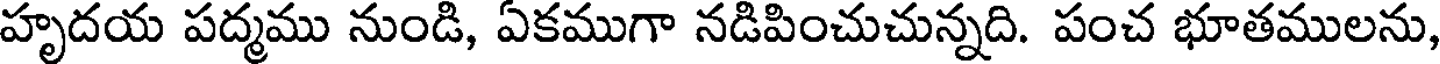
హృదయ పద్మము నుండి, ఏకముగా నడిపించుచున్నది. పంచ భూతములను,